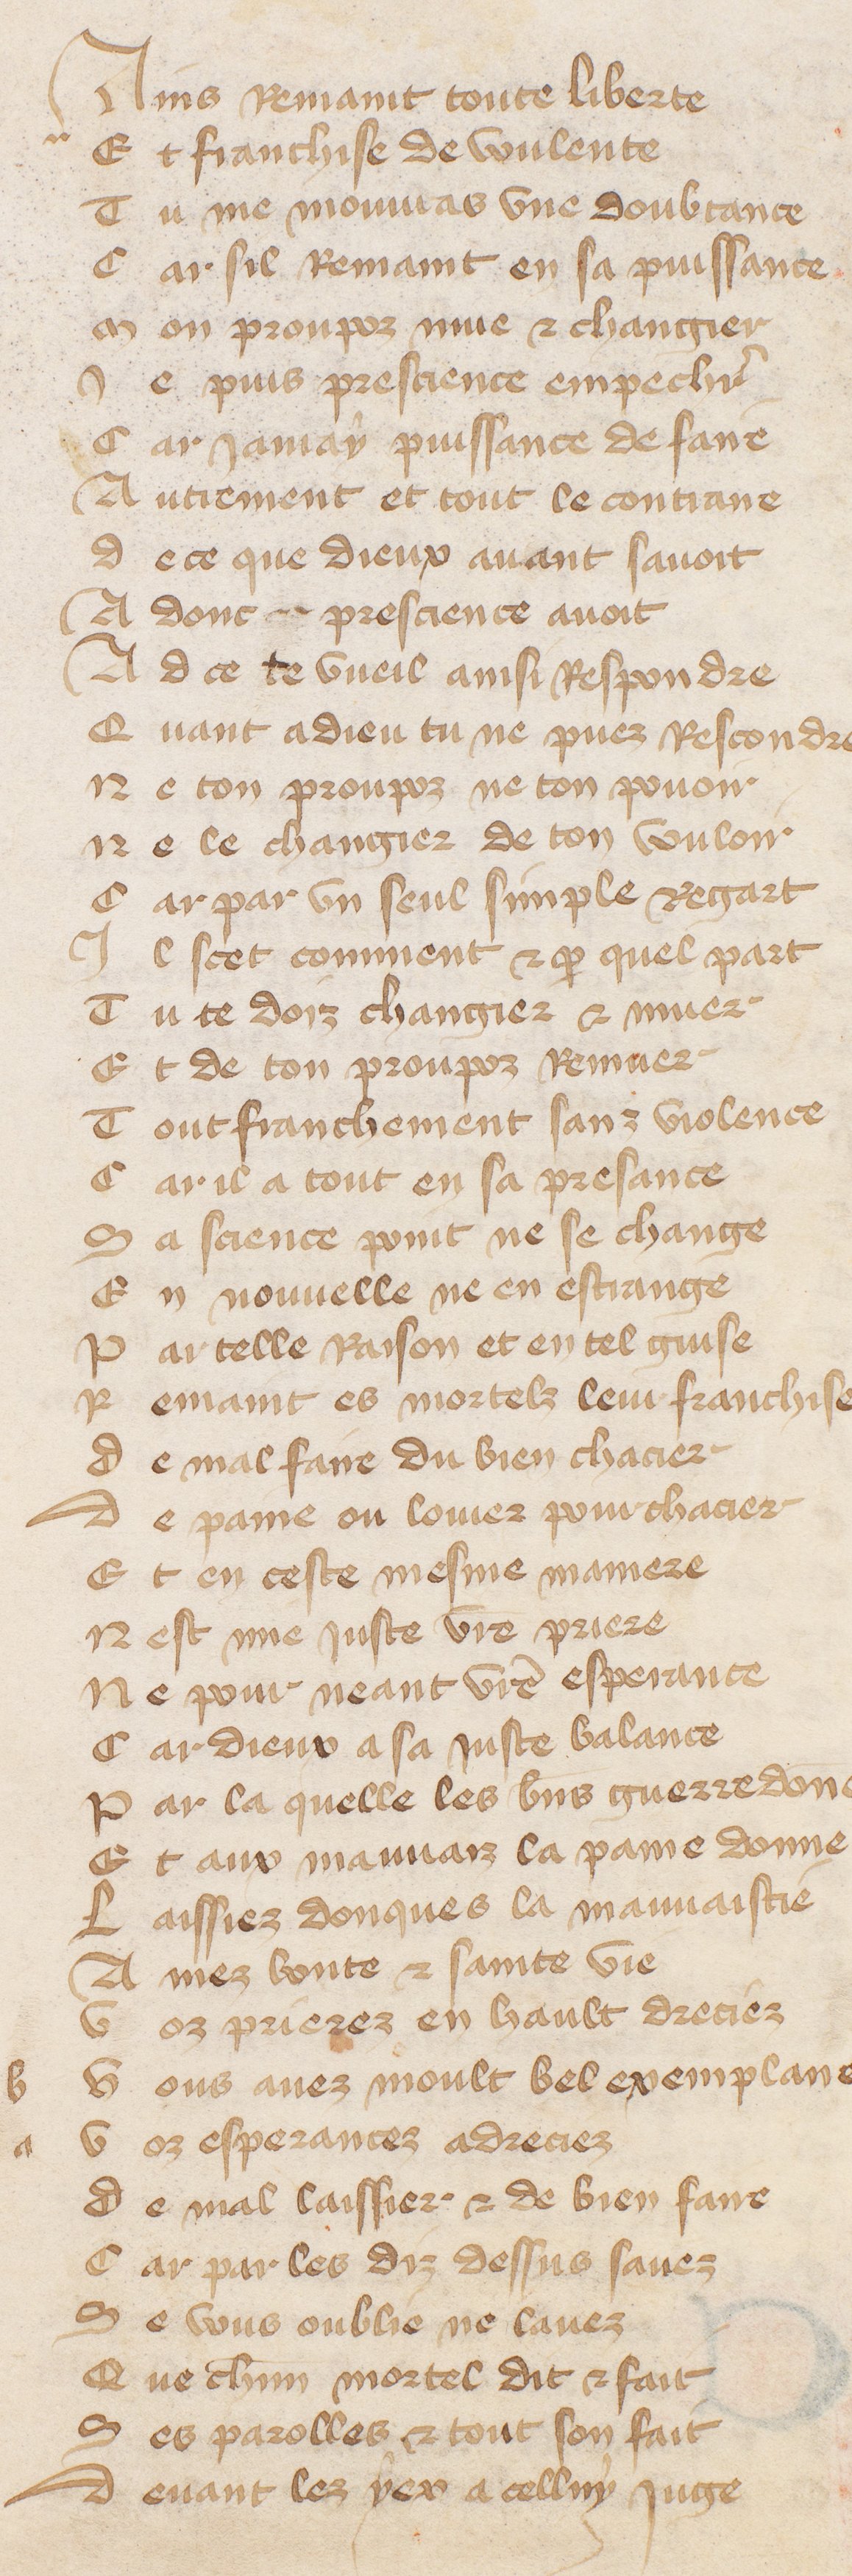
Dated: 1370–1415